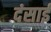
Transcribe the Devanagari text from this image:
दंसाई